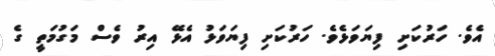
އެވެ. ހަރުކަށި ފިޔަވަޅެވެ. ހަރުކަށި ފިޔަވަޅު އެޅޭ އިރު ވެސް މަގުމަތީ ގެ